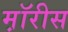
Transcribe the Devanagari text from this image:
म़ॉरीस